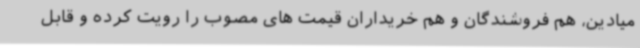
میادین، هم فروشندگان و هم خریداران قیمت های مصوب را رویت کرده و قابل